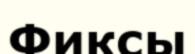
Фиксы